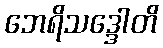
ဘေရိသဒ္ဒေါတိ